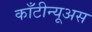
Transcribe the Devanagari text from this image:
काँटीन्यूअस